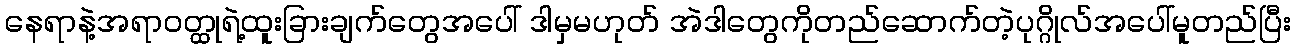
နေရာနဲ့အရာဝတ္ထုရဲ့ထူးခြားချက်တွေအပေါ် ဒါမှမဟုတ် အဲဒါတွေကိုတည်ဆောက်တဲ့ပုဂ္ဂိုလ်အပေါ်မူတည်ပြီး